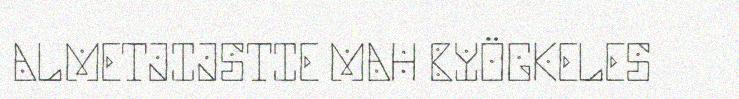
ALMETJIJSTIE MAH BYÖGKELES